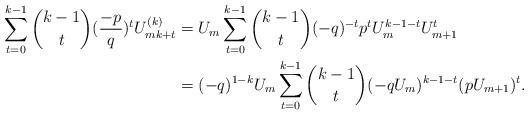
LaTeX: \begin{align*}\sum_{t=0}^{k-1}\binom{k-1}{t}(\frac{-p}{q})^{t}U_{mk+t}^{(k)}&=U_{m}\sum_{t=0}^{k-1}\binom{k-1}{t}(-q)^{-t}p^{t}U_{m}^{k-1-t}U_{m+1}^{t} \\&=(-q)^{1-k}U_{m}\sum_{t=0}^{k-1}\binom{k-1}{t}(-qU_{m})^{k-1-t}(pU_{m+1})^{t}.\end{align*}